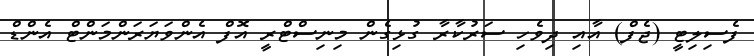
ފެސިލިޓީ (ޖެފް) އާއި ދިވެހި ސަރުކާރާ ގުޅިގެން މިނިސްޓްރީ އޮފް އެންވަޔަރަންމަންޓް އެންޑް